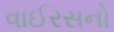
વાઈરસનો